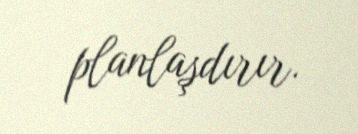
planlaşdırır.